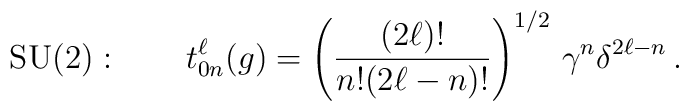
\mbox{SU(2)}: \qquad  t^\ell_{0n}(g) = \left(\frac{(2\ell)!} {n!{(2\ell-n)!}}\right)^{1/2}\, \gamma^n \delta^{2\ell-n}\,.